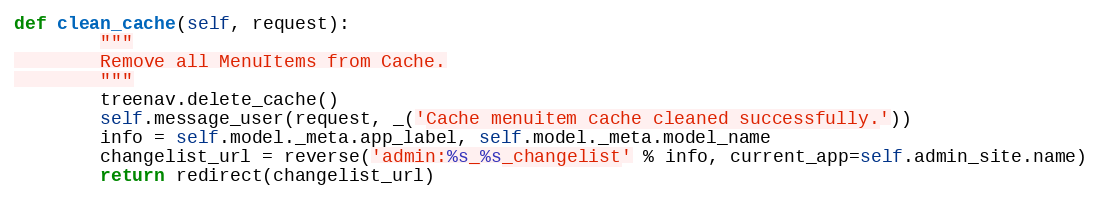
Language: Python
def clean_cache(self, request):
        """
        Remove all MenuItems from Cache.
        """
        treenav.delete_cache()
        self.message_user(request, _('Cache menuitem cache cleaned successfully.'))
        info = self.model._meta.app_label, self.model._meta.model_name
        changelist_url = reverse('admin:%s_%s_changelist' % info, current_app=self.admin_site.name)
        return redirect(changelist_url)